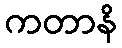
ကတာနိ